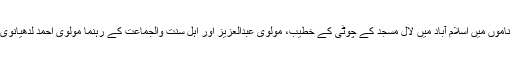
فہرست میں شامل ناموں میں اسلام آباد میں لال مسجد کے چوٹی کے خطیب، مولوی عبدالعزیز اور اہل سنت والجماعت کے رہنما مولوی احمد لدھیانوی کے نام شامل ہیں۔